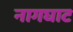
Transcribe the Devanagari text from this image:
नागघाट